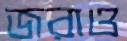
জরাও